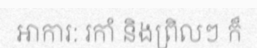
អាការ: រកាំ និងព្រិលៗ ក៏